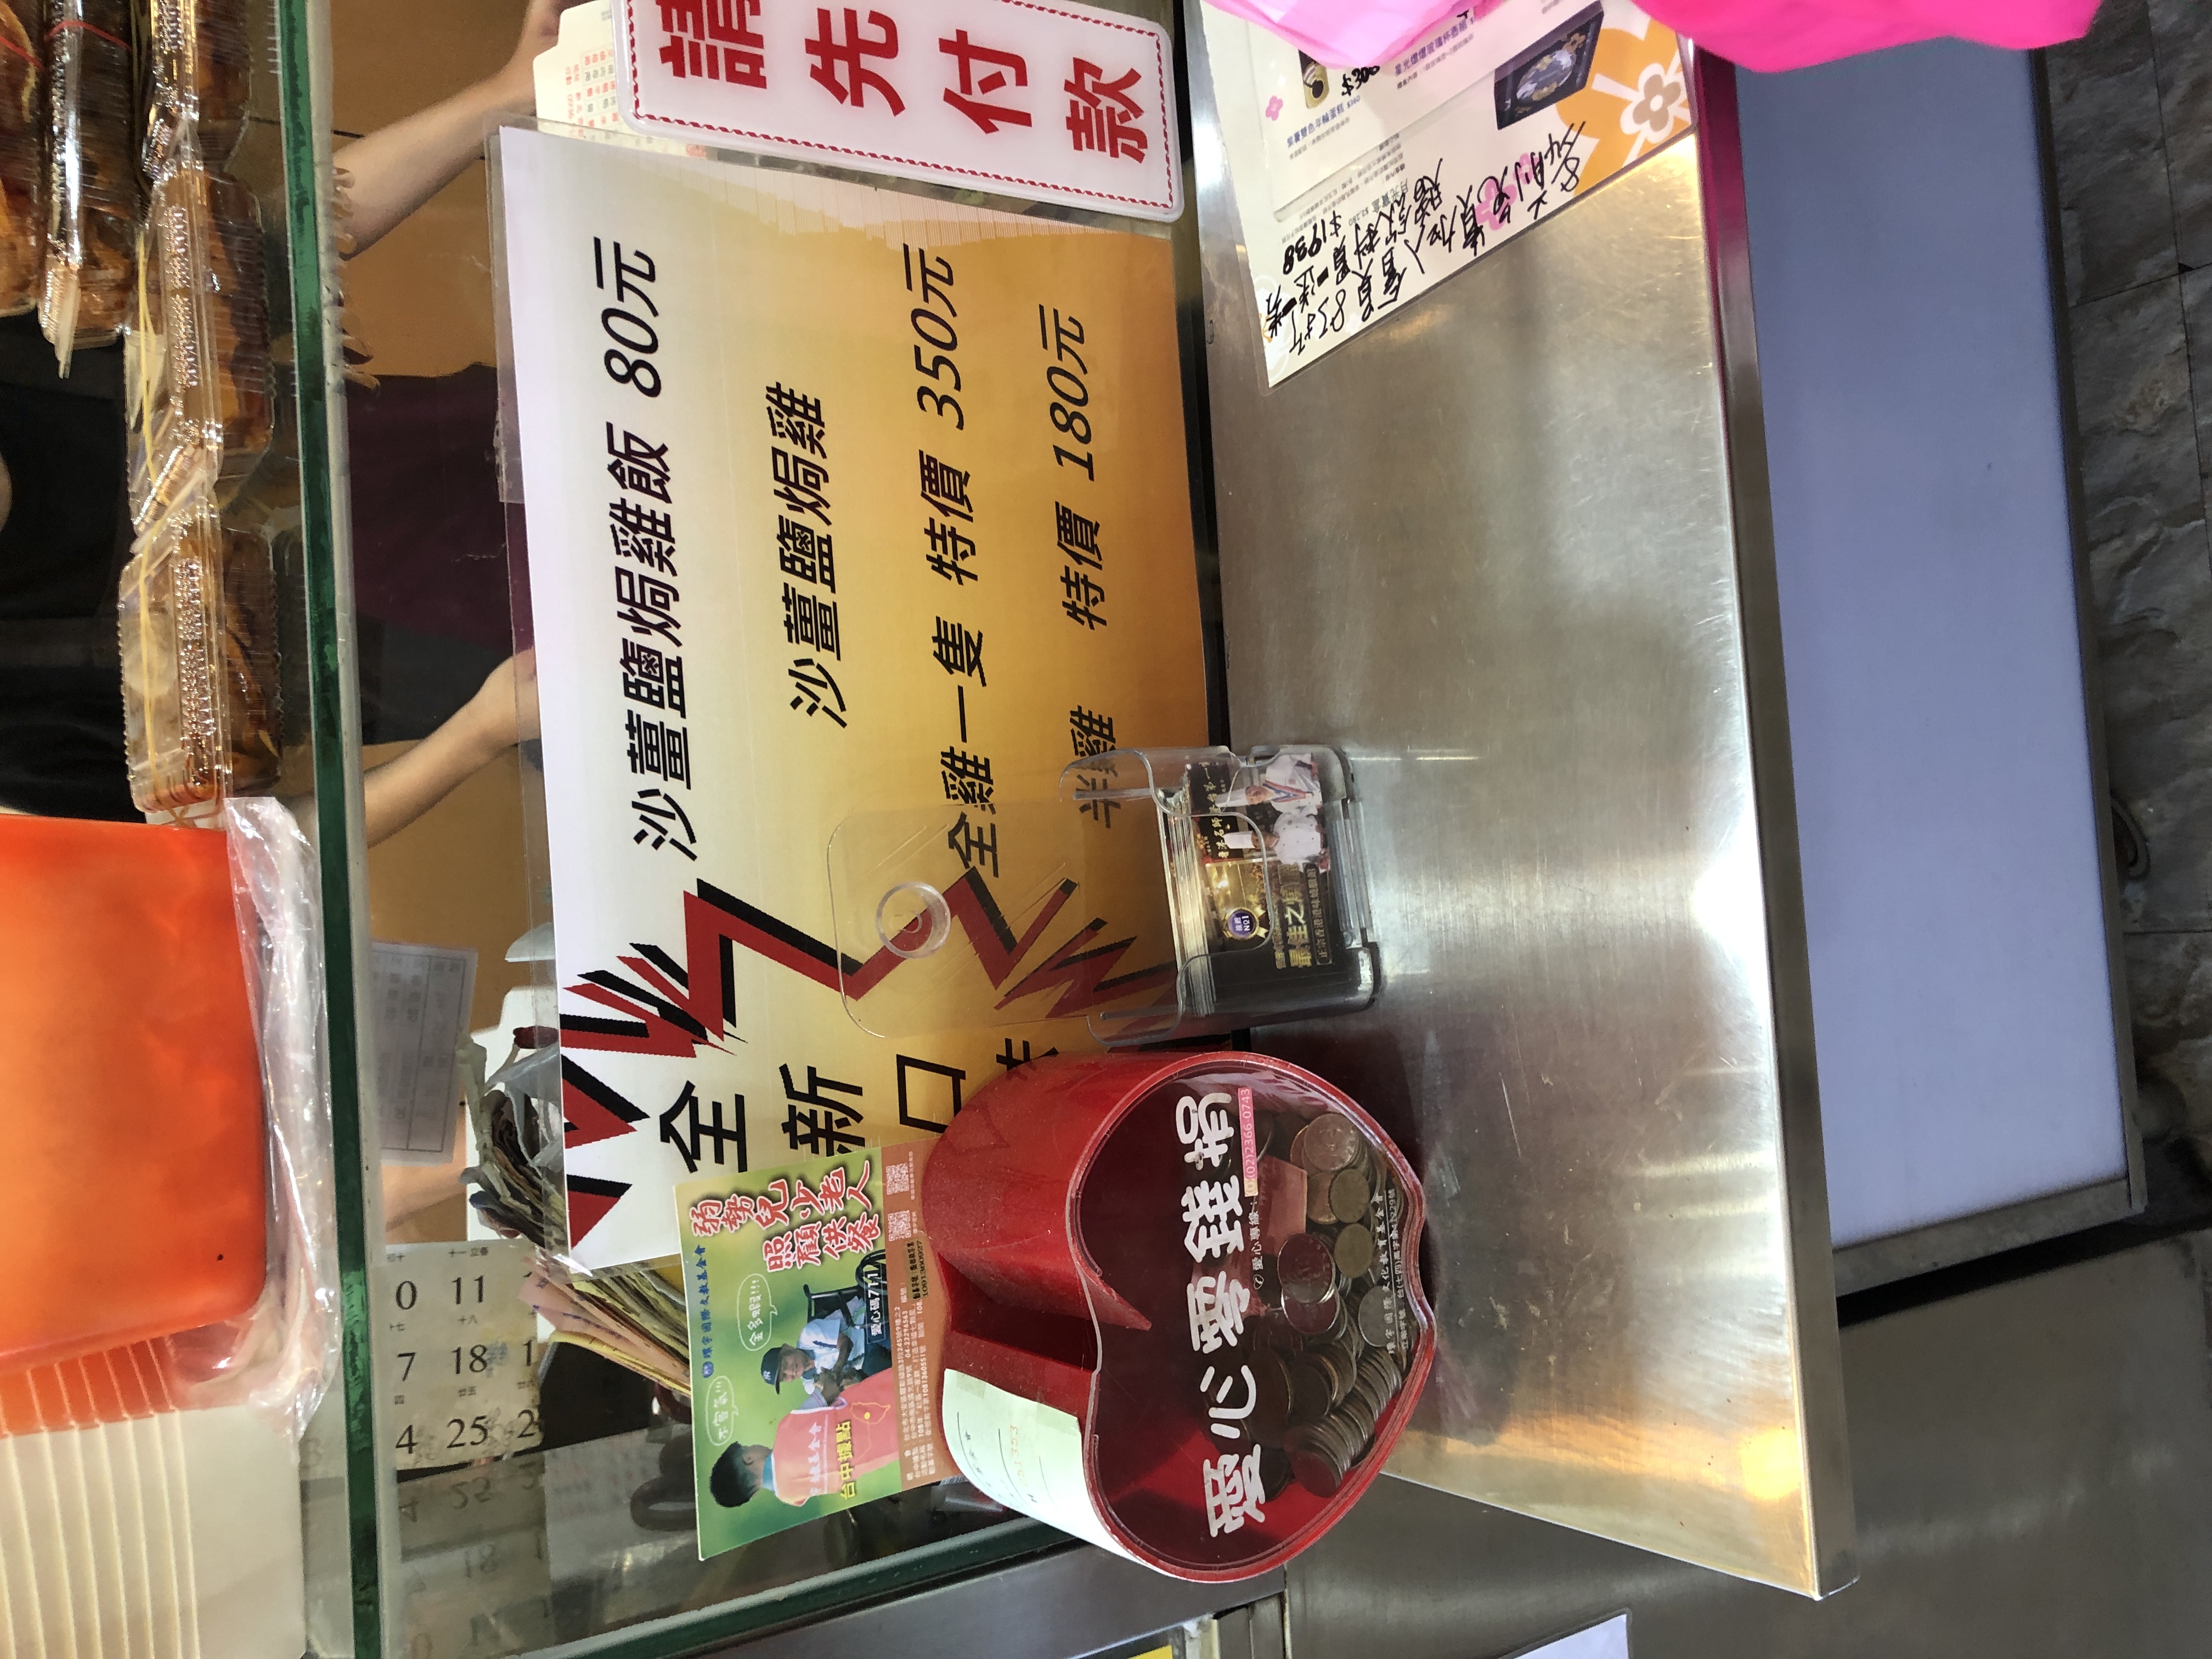
菜單：
name: 沙薑鹽焗雞飯
price: 80元
name: 沙薑鹽焗雞 全雞
price: 350元
name: 沙薑鹽焗雞 半雞
price: 180元